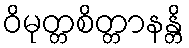
ဝိမုတ္တစိတ္တာနန္တိ